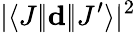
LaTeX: |\langle J|\! |\mathbf{d}|\! |J^{\prime}\rangle|^{2}